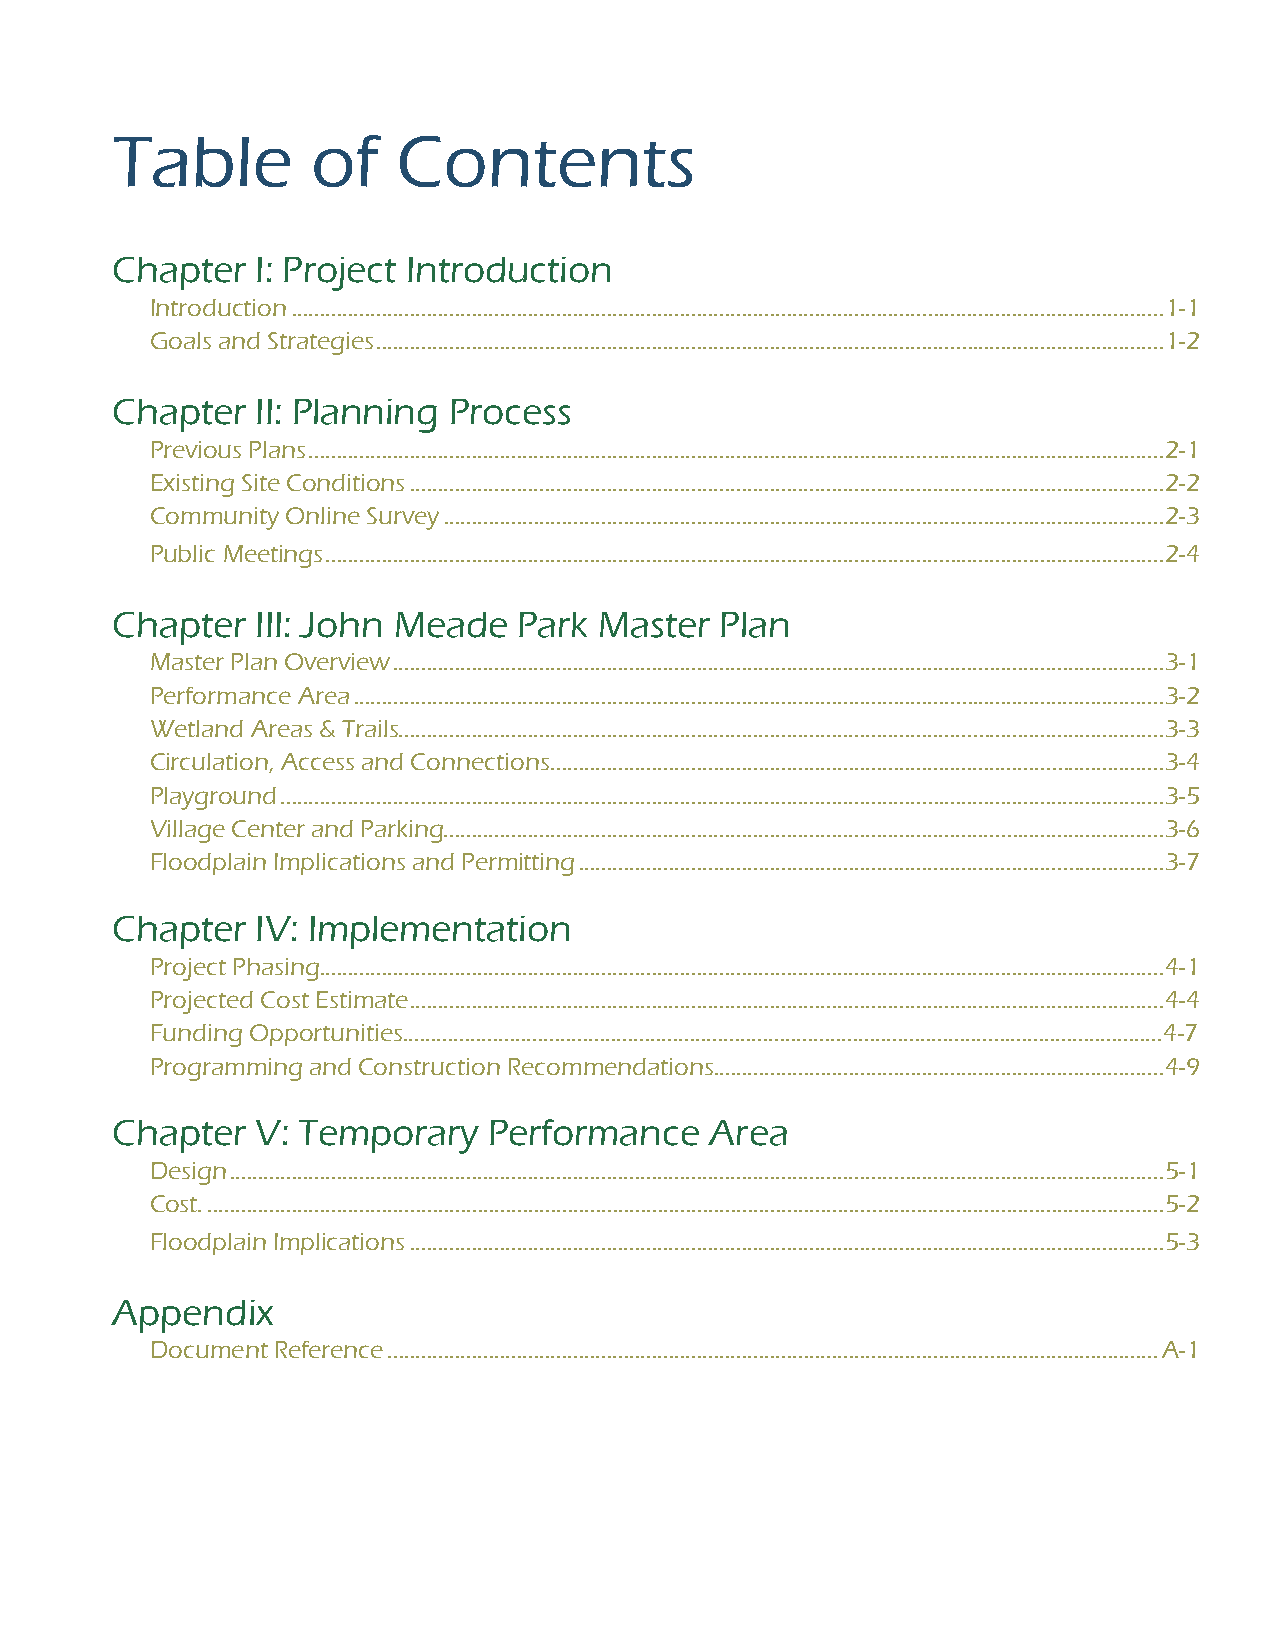
Table         of   Contents
 Chapter   I: Project Introduction
 Introduction ...........................................................................................................................................................1-1
 Goals and Strategies ............................................................................................................................................1-2
 Chapter   II: Planning Process
 Previous Plans ........................................................................................................................................................2-1
 Existing Site Conditions ......................................................................................................................................2-2
 Community Online Survey ................................................................................................................................2-3
 Public Meetings .....................................................................................................................................................2-4
 Chapter   III: John Meade  Park  Master  Plan
 Master Plan Overview .........................................................................................................................................3-1
 Performance Area ................................................................................................................................................3-2
 Wetland Areas & Trails ........................................................................................................................................3-3
 Circulation, Access and Connections .............................................................................................................3-4
 Playground .............................................................................................................................................................3-5
 Village Center and Parking................................................................................................................................3-6
 Floodplain Implications and Permitting ........................................................................................................3-7
 Chapter   IV: Implementation
 Project Phasing ......................................................................................................................................................4-1
 Projected Cost Estimate ......................................................................................................................................4-4
 Funding Opportunities.......................................................................................................................................4-7
 Programming and Construction Recommendations ................................................................................4-9
 Chapter   V: Temporary   Performance    Area
 Design ......................................................................................................................................................................5-1
 Cost. ..........................................................................................................................................................................5-2
 Floodplain Implications ......................................................................................................................................5-3
 Appendix
 Document Reference .........................................................................................................................................A-1